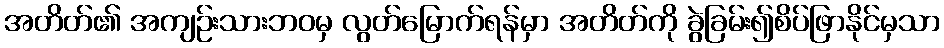
အတိတ်၏ အကျဉ်းသားဘဝမှ လွတ်မြောက်ရန်မှာ အတိတ်ကို ခွဲခြမ်း၍စိပ်ဖြာနိုင်မှသာ